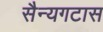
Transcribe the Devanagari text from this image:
सैन्यगटास